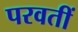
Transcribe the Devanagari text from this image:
परवतीं